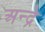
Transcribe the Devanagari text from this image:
अन्द्रे